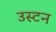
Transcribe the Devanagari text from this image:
उस्टन